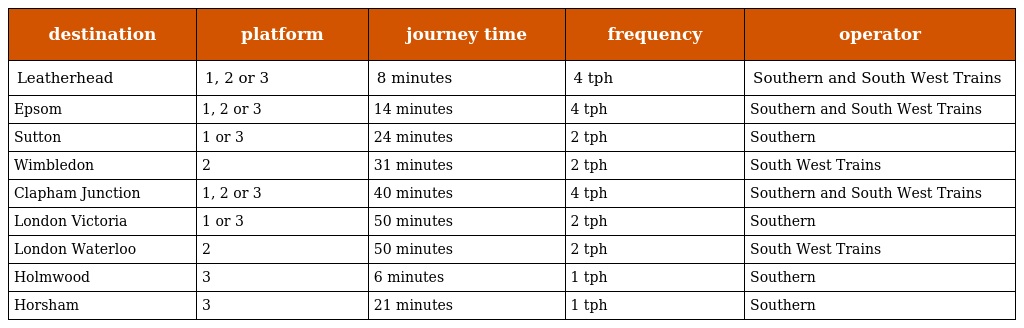
| destination | platform | journey time | frequency | operator |
 | --- | --- | --- | --- | --- |
 | Leatherhead | 1, 2 or 3 | 8 minutes | 4 tph | Southern and South West Trains |
 | Epsom | 1, 2 or 3 | 14 minutes | 4 tph | Southern and South West Trains |
 | Sutton | 1 or 3 | 24 minutes | 2 tph | Southern |
 | Wimbledon | 2 | 31 minutes | 2 tph | South West Trains |
 | Clapham Junction | 1, 2 or 3 | 40 minutes | 4 tph | Southern and South West Trains |
 | London Victoria | 1 or 3 | 50 minutes | 2 tph | Southern |
 | London Waterloo | 2 | 50 minutes | 2 tph | South West Trains |
 | Holmwood | 3 | 6 minutes | 1 tph | Southern |
 | Horsham | 3 | 21 minutes | 1 tph | Southern |